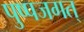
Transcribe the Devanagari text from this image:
पुष्पजगत्